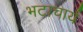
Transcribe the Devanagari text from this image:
भटाचार्य